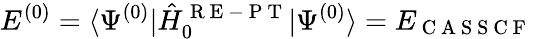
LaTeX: E^{(0)}=\langle\Psi^{(0)}|\hat{H}_{0}^{\mathrm{~R~E~-~P~T~}}|\Psi^{(0)}\rangle=E_{\mathrm{~C~A~S~S~C~F~}}